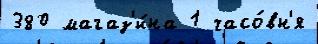
380 магаз'и́на 1 часо́вн'я